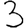
Digit: 3